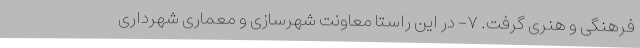
فرهنگی و هنری گرفت. ۷- در این راستا معاونت شهرسازی و معماری شهرداری